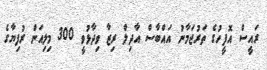
ރައީސް އޮފީހުގެ ތަރުޖަމާނު އައްބާސް އާދިލް ރިޒާ ވިދާޅުވީ 300 މިލިއަން ރުފިޔާގެ